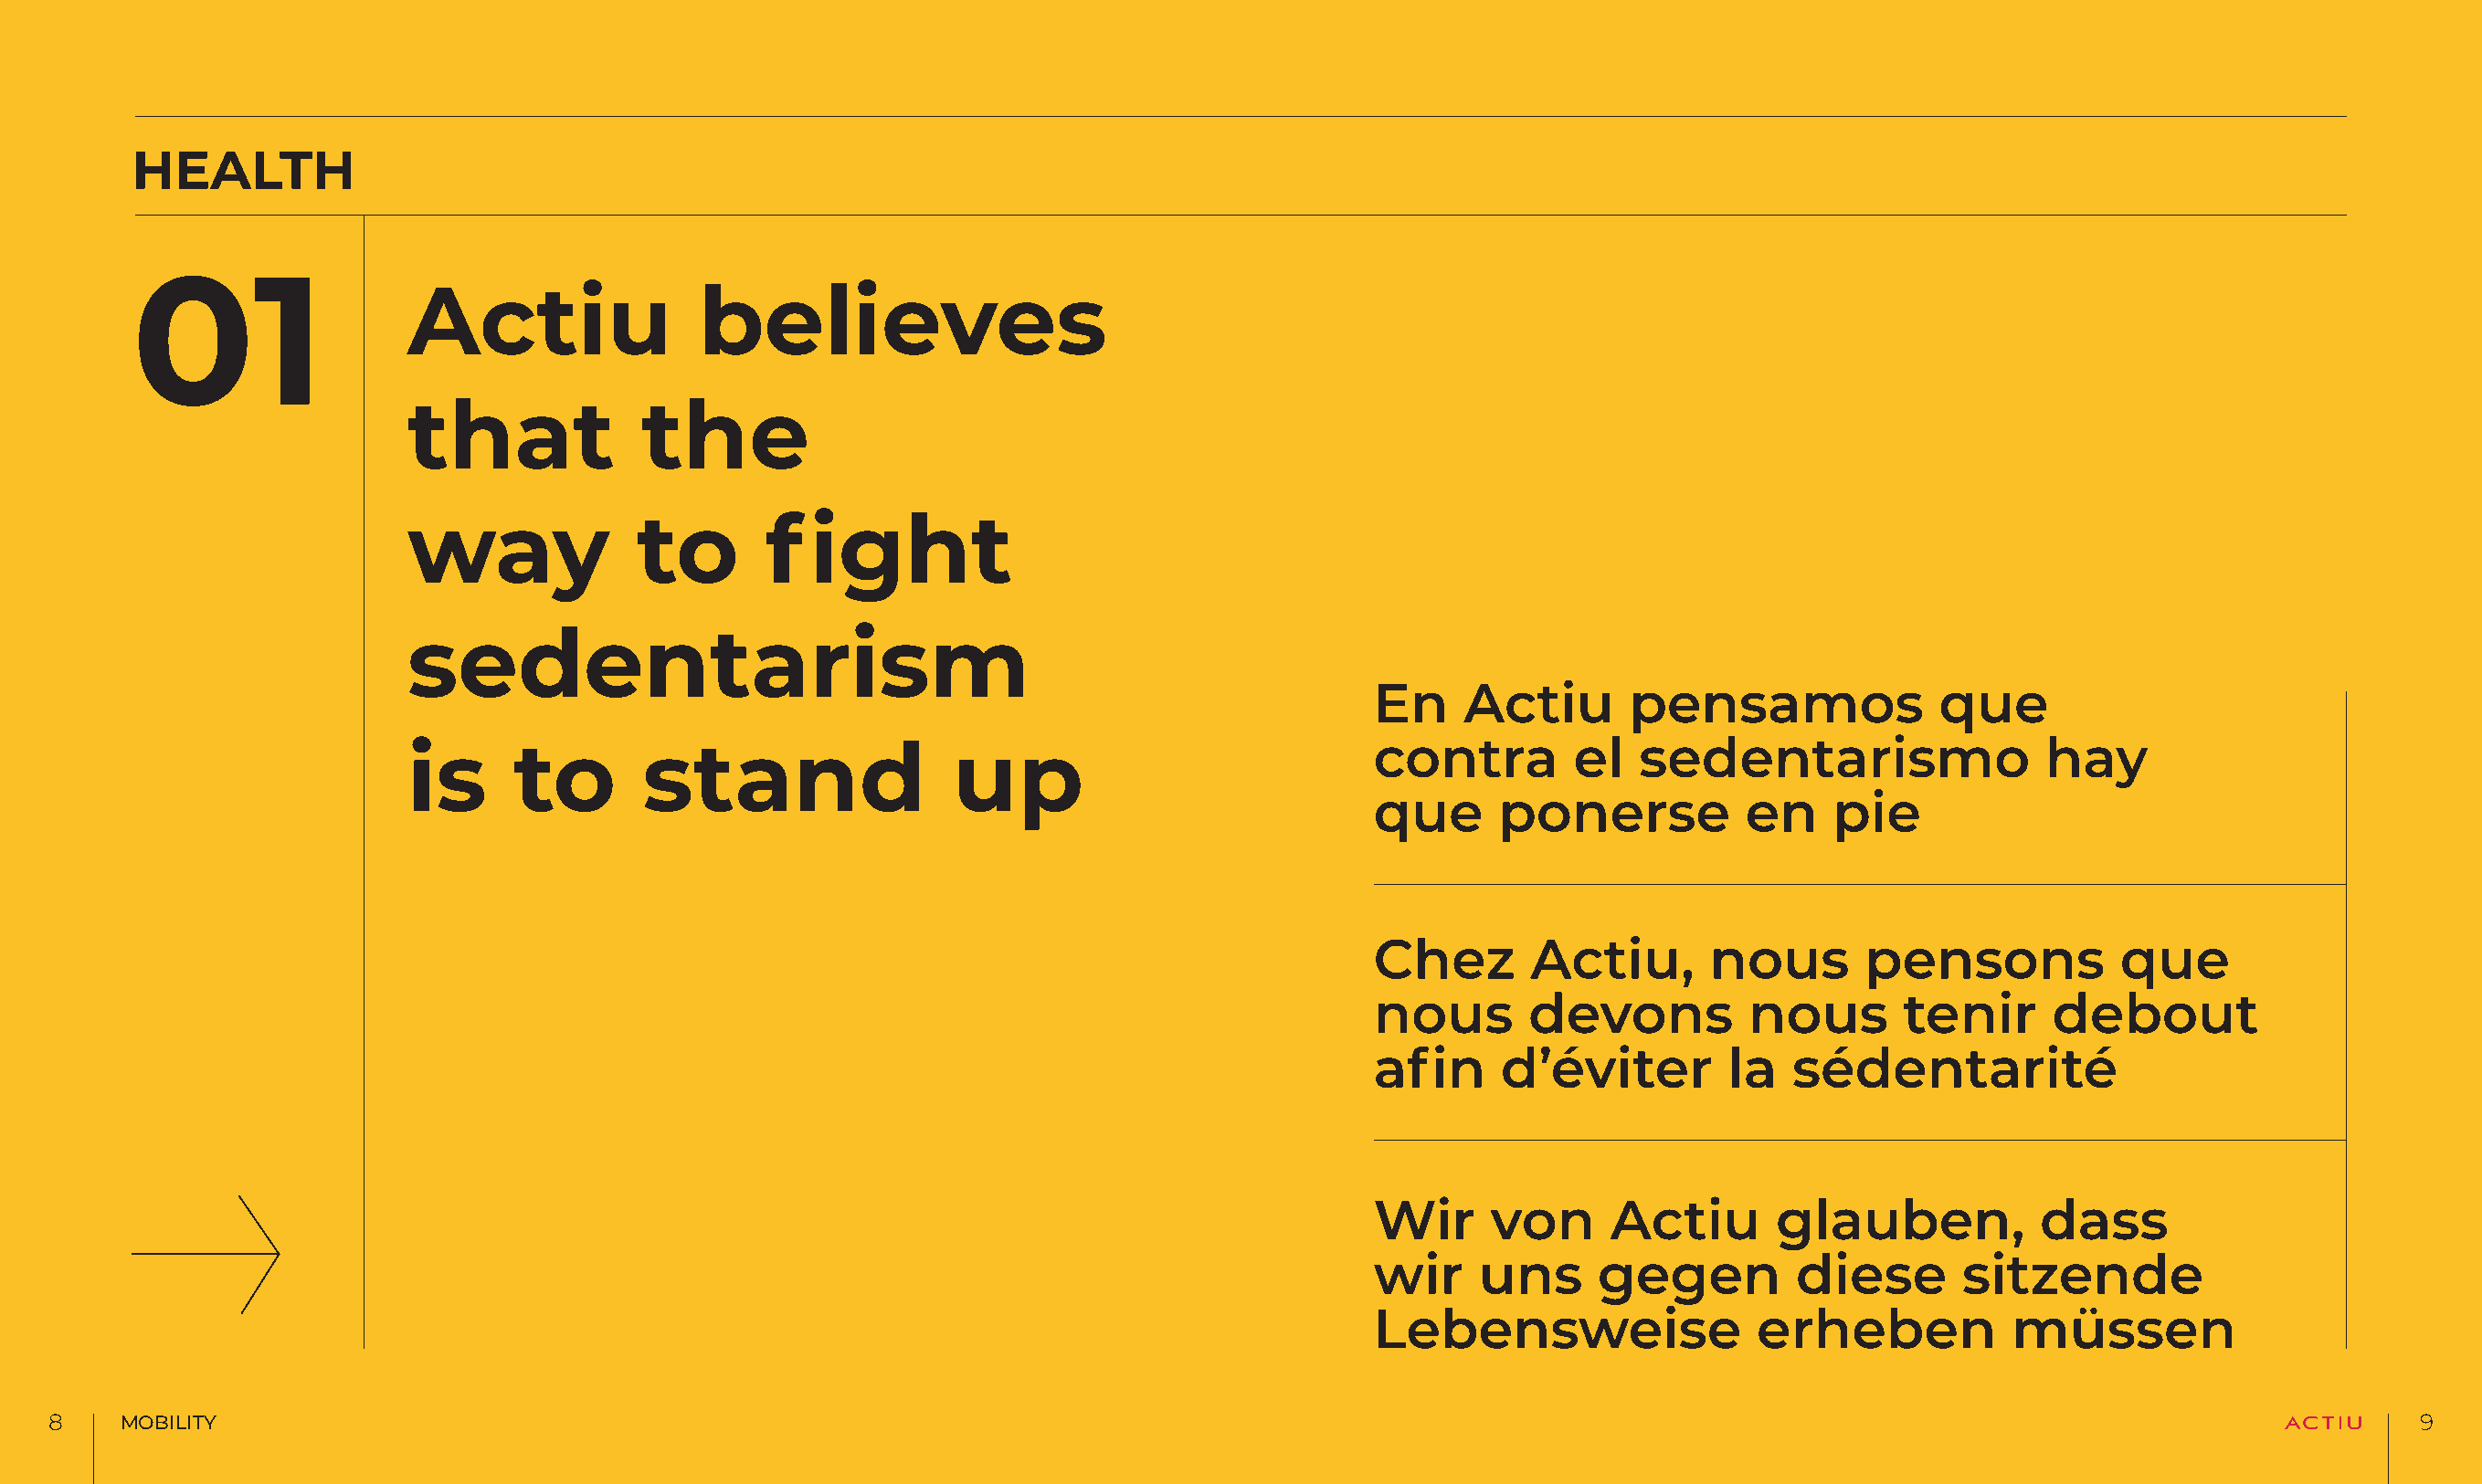
HEALTH
 01
 Actiu                believes
 that            the
 way             to       fight
 sedentarism
 En    Actiu       pensamos              que
 is     to        stand                 up                             contra        el   sedentarismo                 hay
 que      ponerse          en     pie
 Chez       Actiu,       nous       pensons            que
 nous       devons          nous       tenir      debout
 afin     d’éviter        la   sédentarité
 Wir     von      Actiu       glauben,           dass
 wir    uns      gegen         diese       sitzende
 Lebensweise                erheben            müssen
 88    MOBILITY                                                                                                                                                              99